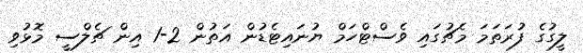
ލީގުގެ ފުރަތަމަ މެޗުގައި ވެސްޓްހަމް ޔުނައިޓެޑުން އަތުން 2-1 އިން ޗެލްސީ މޮޅުވި